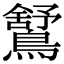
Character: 𪅰